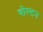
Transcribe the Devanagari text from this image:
वोल्टन